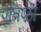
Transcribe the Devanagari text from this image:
पृतिष्ठा